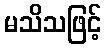
မသိသဖြင့်